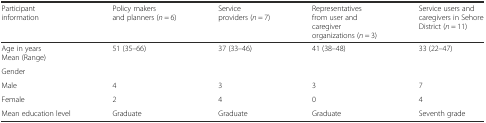
<table><thead><tr><td><b>Participant information</b></td><td><b>Policy makers and planners (<i>n</i> = 6)</b></td><td><b>Service providers (<i>n</i> = 7)</b></td><td><b>Representatives from user and caregiver organizations (<i>n</i> = 3)</b></td><td><b>Service users and caregivers in Sehore District (<i>n</i> = 11)</b></td></tr></thead><tbody><tr><td>Age in yearsMean (Range)</td><td>51 (35–66)</td><td>37 (33–46)</td><td>41 (38–48)</td><td>33 (22–47)</td></tr><tr><td>Gender</td><td colspan="4"></td></tr><tr><td>Male</td><td>4</td><td>3</td><td>3</td><td>7</td></tr><tr><td>Female</td><td>2</td><td>4</td><td>0</td><td>4</td></tr><tr><td>Mean education level</td><td>Graduate</td><td>Graduate</td><td>Graduate</td><td>Seventh grade</td></tr></tbody></table>